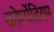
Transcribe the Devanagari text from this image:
कोम्पेंडियम